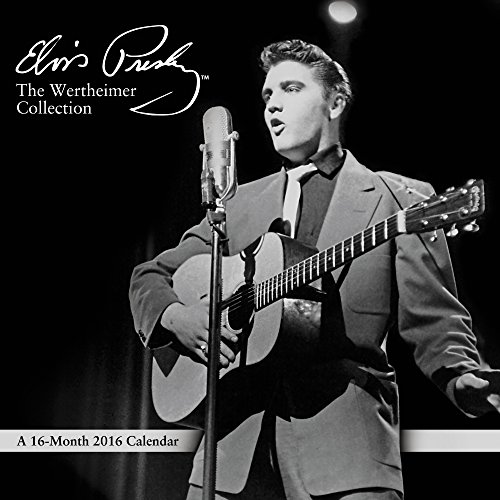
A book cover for Elvis Presley by Al Wertheimer Wall Calendar (2016); Day Dream; Calendars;